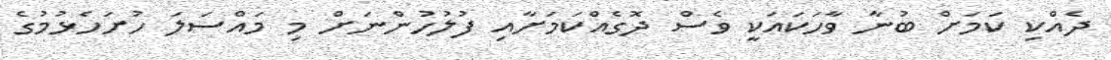
ދެއްކި ކަމަށް ބުނާ ވާހަކައަކީ ވެސް ދޮގެއްކަމަށާއި ފުލުހުންނަށް މި މައްސަލަ ހުށަހެޅުމުގެ